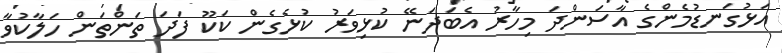
އަޅުގަނޑުމެންގެ އާސަންދަ މިހާރު އެބަދަނޭ ކުޅިވަރު ކުޅެގެން ކަކޫ ފަދަ ތަންތަން ހަލާކުވާ